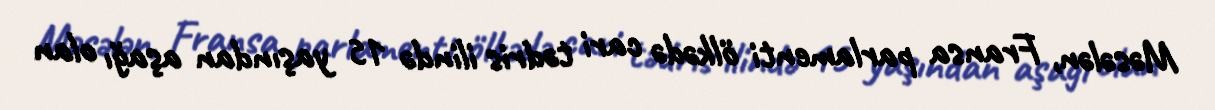
Məsələn, Fransa parlamenti ölkədə cari tədris ilində 15 yaşından aşağı olan